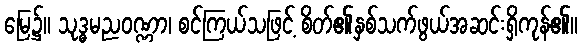
မြေ၌။ သုဒ္ဓမညဝဏ္ဏာ၊ စင်ကြယ်သဖြင့် စိတ်၏နှစ်သက်ဖွယ်အဆင်းရှိကုန်၏။